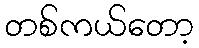
တစ်ကယ်တော့